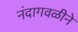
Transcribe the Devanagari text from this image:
नंदागवळीने